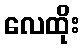
လေထိုး